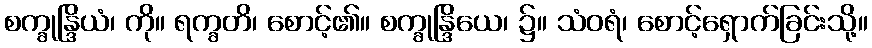
စက္ခုန္ဒြိယံ၊ ကို။ ရက္ခတိ၊ စောင့်၏။ စက္ခုန္ဒြိယေ၊ ၌။ သံဝရံ၊ စောင့်ရှောက်ခြင်းသို့။